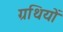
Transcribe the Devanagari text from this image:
ग्रथियों